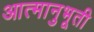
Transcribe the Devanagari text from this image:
आत्मानुभूती